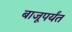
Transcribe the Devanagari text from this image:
बाजूपर्यंत